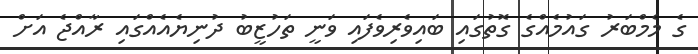
ގެ މެމްބަރު ގައުމެއްގެ ގޮތުގައި ބައިވެރިވެފައި ވަނީ ތަހުޒީބު ދުނިޔެއެއްގައި ރާއްޖެ އަށް